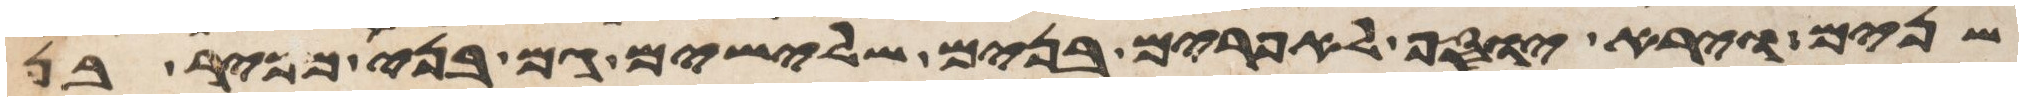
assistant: שנים וירא יוסף לאפרים בנים שלישים גם בני מכיר בן